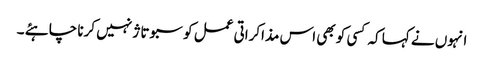
انہوں نے کہا کہ کسی کو بھی اس مذاکراتی عمل کو سبوتاژ نہیں کرنا چاہئے ۔